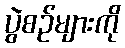
ပွဲစဉ်များကို